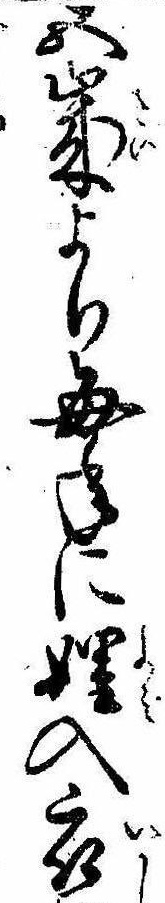
五歳より毎年に入衣